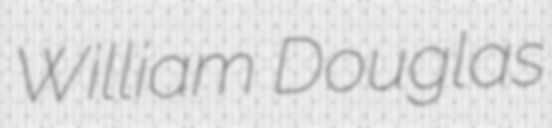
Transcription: William Douglas